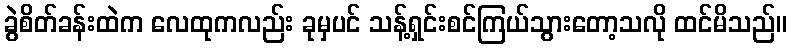
ခွဲစိတ်ခန်းထဲက လေထုကလည်း ခုမှပင် သန့်ရှင်းစင်ကြယ်သွားတော့သလို ထင်မိသည်။